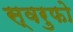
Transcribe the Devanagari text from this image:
स्वरुफो